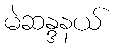
မဲဆန္ဒနယ်